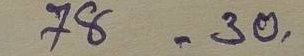
78 = 30